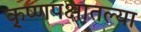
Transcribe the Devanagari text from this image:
कृ्ष्णपक्षातल्या